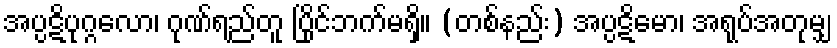
အပ္ပဋိပုဂ္ဂလော၊ ဂုဏ်ရည်တူ ပြိုင်ဘက်မရှိ။ (တစ်နည်း) အပ္ပဋိမော၊ အရုပ်အတုမျှ